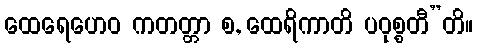
ထေရေဟေဝ ကတတ္တာ စ, ထေရိကာတိ ပဝုစ္စတီ”တိ။